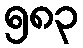
၅၈၃